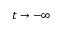
t \rightarrow - \infty